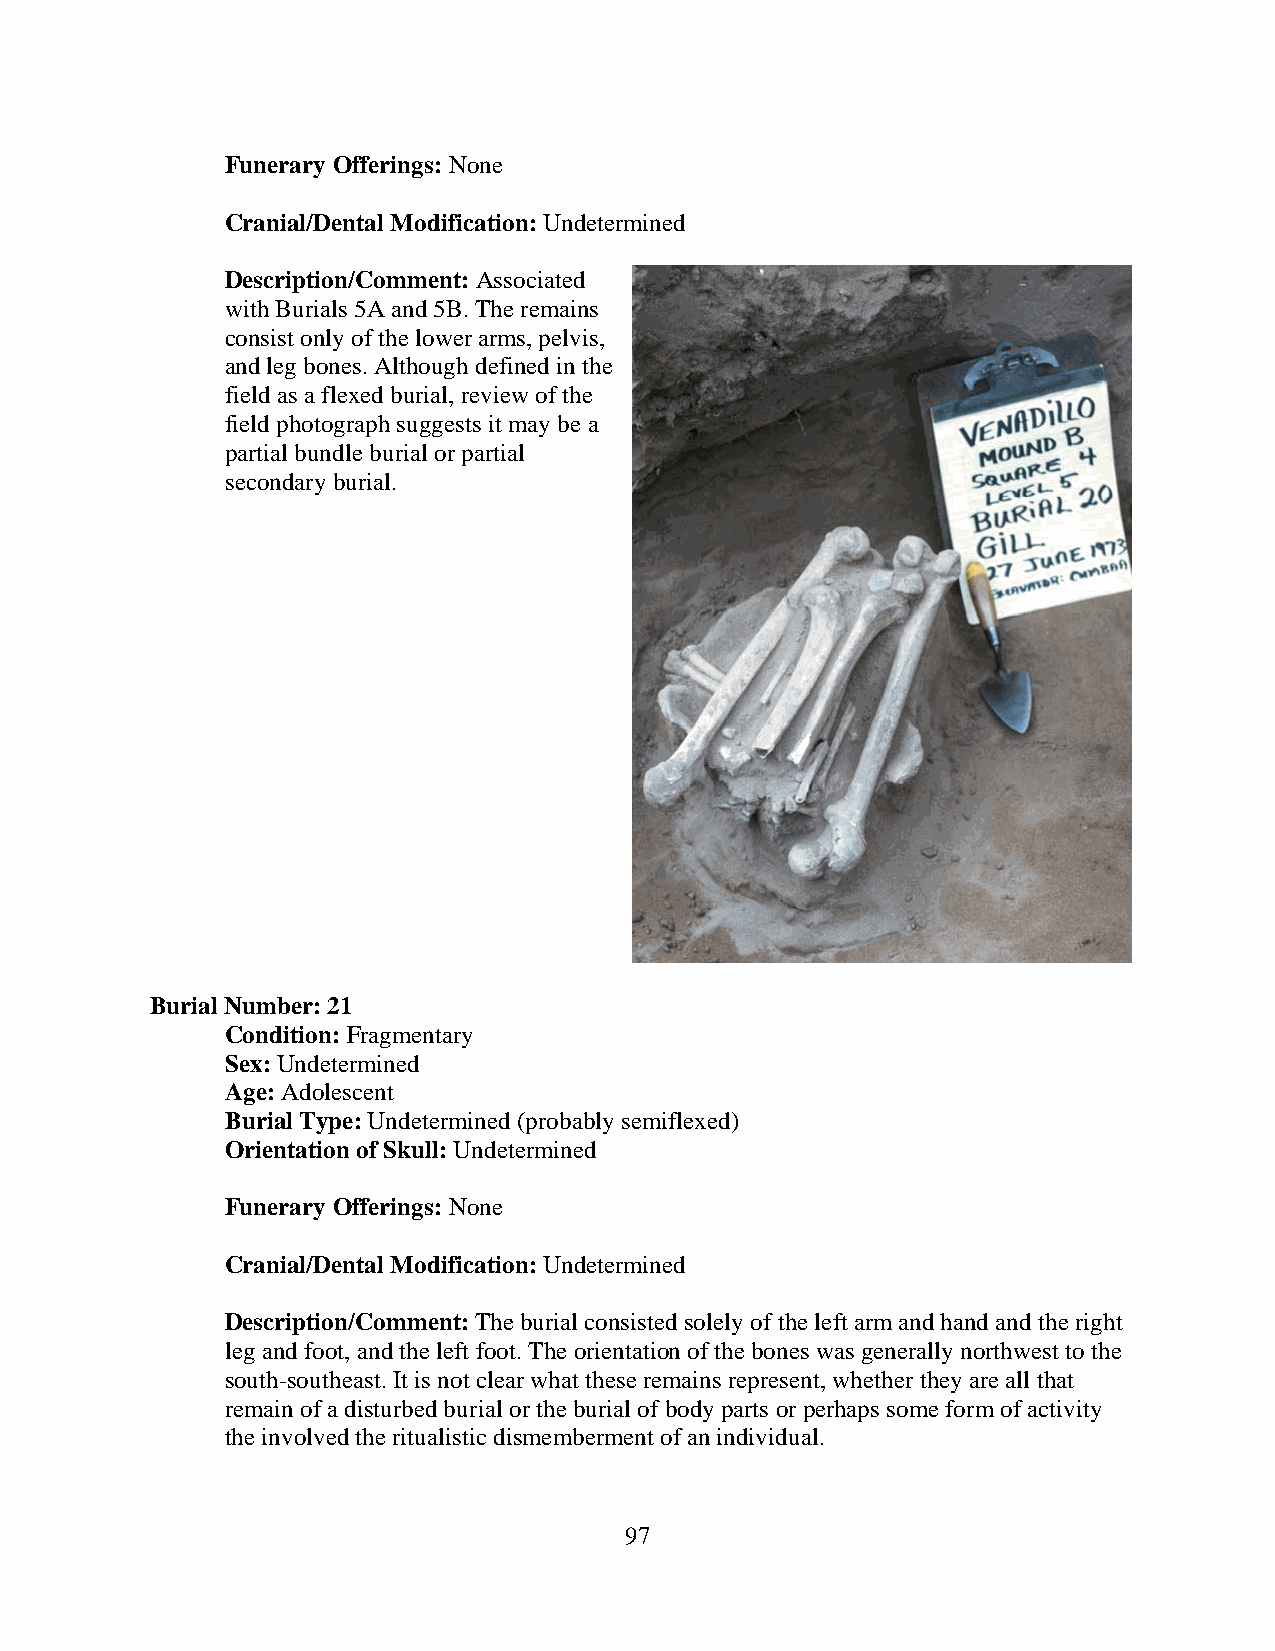
Funerary Offerings: None
 Cranial/Dental Modification: Undetermined
 Description/Comment: Associated
 with Burials 5A and 5B. The remains
 consist only of the lower arms, pelvis,
 and leg bones. Although defined in the
 field as a flexed burial, review of the
 field photograph suggests it may be a
 partial bundle burial or partial
 secondary burial.
 Burial Number: 21
 Condition: Fragmentary
 Sex: Undetermined
 Age: Adolescent
 Burial Type: Undetermined (probably semiflexed)
 Orientation of Skull: Undetermined
 Funerary Offerings: None
 Cranial/Dental Modification: Undetermined
 Description/Comment: The burial consisted solely of the left arm and hand and the right
 leg and foot, and the left foot. The orientation of the bones was generally northwest to the
 south-southeast. It is not clear what these remains represent, whether they are all that
 remain of a disturbed burial or the burial of body parts or perhaps some form of activity
 the involved the ritualistic dismemberment of an individual.
 97